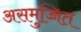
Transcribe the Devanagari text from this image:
असमुच्चित